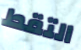
التقط